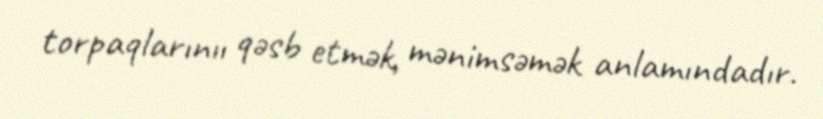
torpaqlarınıı qəsb etmək‚ mənimsəmək anlamındadır.